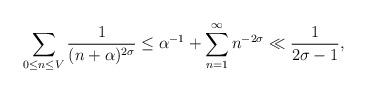
LaTeX: \begin{gather*}\sum_{0 \leq n \leq V} \frac{1}{(n+\alpha)^{2\sigma}}\leq \alpha^{-1}+ \sum_{n=1}^{\infty} n^{-2\sigma}\ll \frac{1}{2\sigma-1}, \end{gather*}